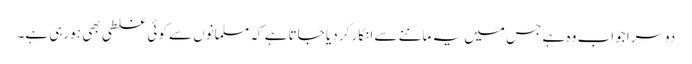
دوسرا جواب وہ ہے جس میں یہ ماننے سے انکار کر دیا جاتا ہے کہ مسلمانوں سے کوئی غلطی بھی ہورہی ہے۔